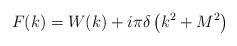
LaTeX: \begin{align*}F(k) = W(k) + i \pi \delta \left( k^2 + M^2 \right)\end{align*}